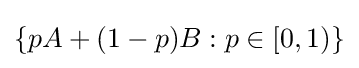
\{pA+(1-p)B:p\in [0,1)\}